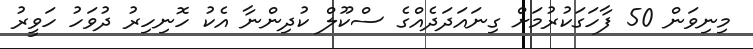
މިނިވަން 50 ފާހަގަކުރުމަށް ގިނައަދަދެއްގެ ސްކޫލް ކުދިންނާ އެކު ހޮނިހިރު ދުވަހު ހަވީރު